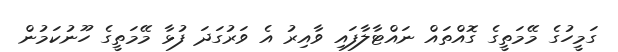
ގަމީހުގެ މޭމަތީގެ ގޮއްތައް ނައްޓާލާފައި ވާއިރު އެ ވަރުގަދަ ފުޅާ މޭމަތީގެ ހޫނުކަމުން